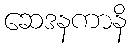
ဆေဒနကာနိ